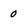
Character: 0